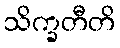
သိက္ခတီတိ